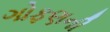
ગોફણની